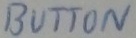
Text: BUTTON